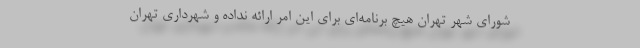
شورای شهر تهران هیچ برنامه‌ای برای این امر ارائه نداده و شهرداری تهران